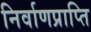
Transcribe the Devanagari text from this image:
निर्वाणप्राप्ति